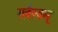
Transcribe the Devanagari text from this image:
सर्वस्वम्